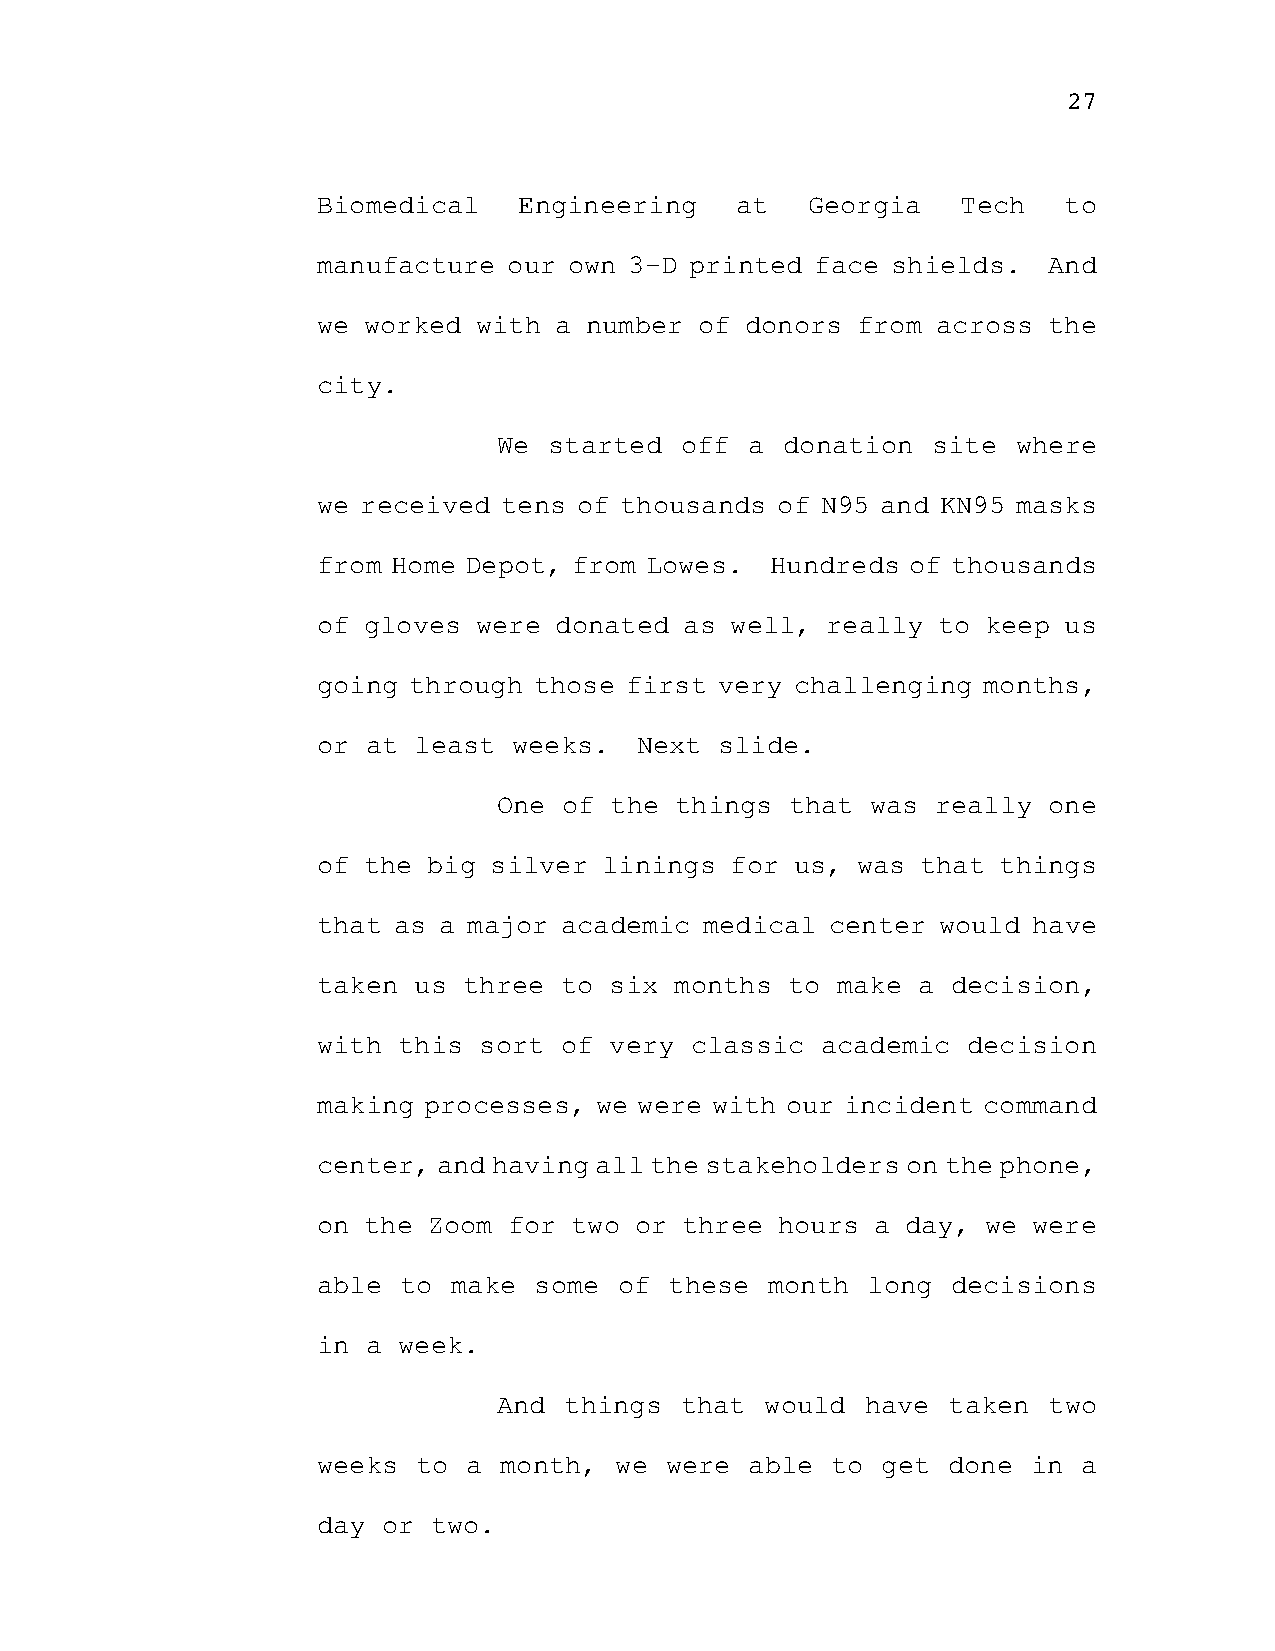
27
 Biomedical   Engineering    at  Georgia    Tech  to
 manufacture  our own 3-D printed face shields.  And
 we worked  with a number of donors  from across the
 city.
 We started  off  a donation  site where
 we received tens of thousands of N95 and KN95 masks
 from Home Depot, from Lowes.  Hundreds of thousands
 of gloves  were donated as well,  really to keep us
 going through those first  very challenging months,
 or at least  weeks.  Next  slide.
 One of the  things that  was really one
 of the big silver  linings for  us, was that things
 that as a major academic  medical center would have
 taken us  three to six  months to make  a decision,
 with this  sort of very  classic academic  decision
 making processes, we were with our incident command
 center, and having all the stakeholders on the phone,
 on the Zoom  for two or three hours  a day, we were
 able to  make some  of these  month long  decisions
 in a week.
 And things  that  would have  taken two
 weeks  to a month,  we were  able to get  done in  a
 day or  two.